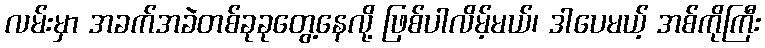
လမ်းမှာ အခက်အခဲတစ်ခုခုတွေ့နေလို့ ဖြစ်ပါလိမ့်မယ်၊ ဒါပေမယ့် အစ်ကိုကြီး